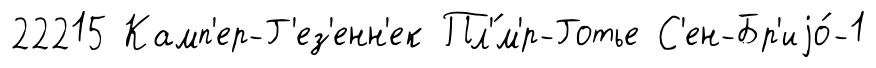
22215 Камп'ер-Г'ез'енн'ек Пл'́м'р-Готье С'ен-Бр'иjо́-1